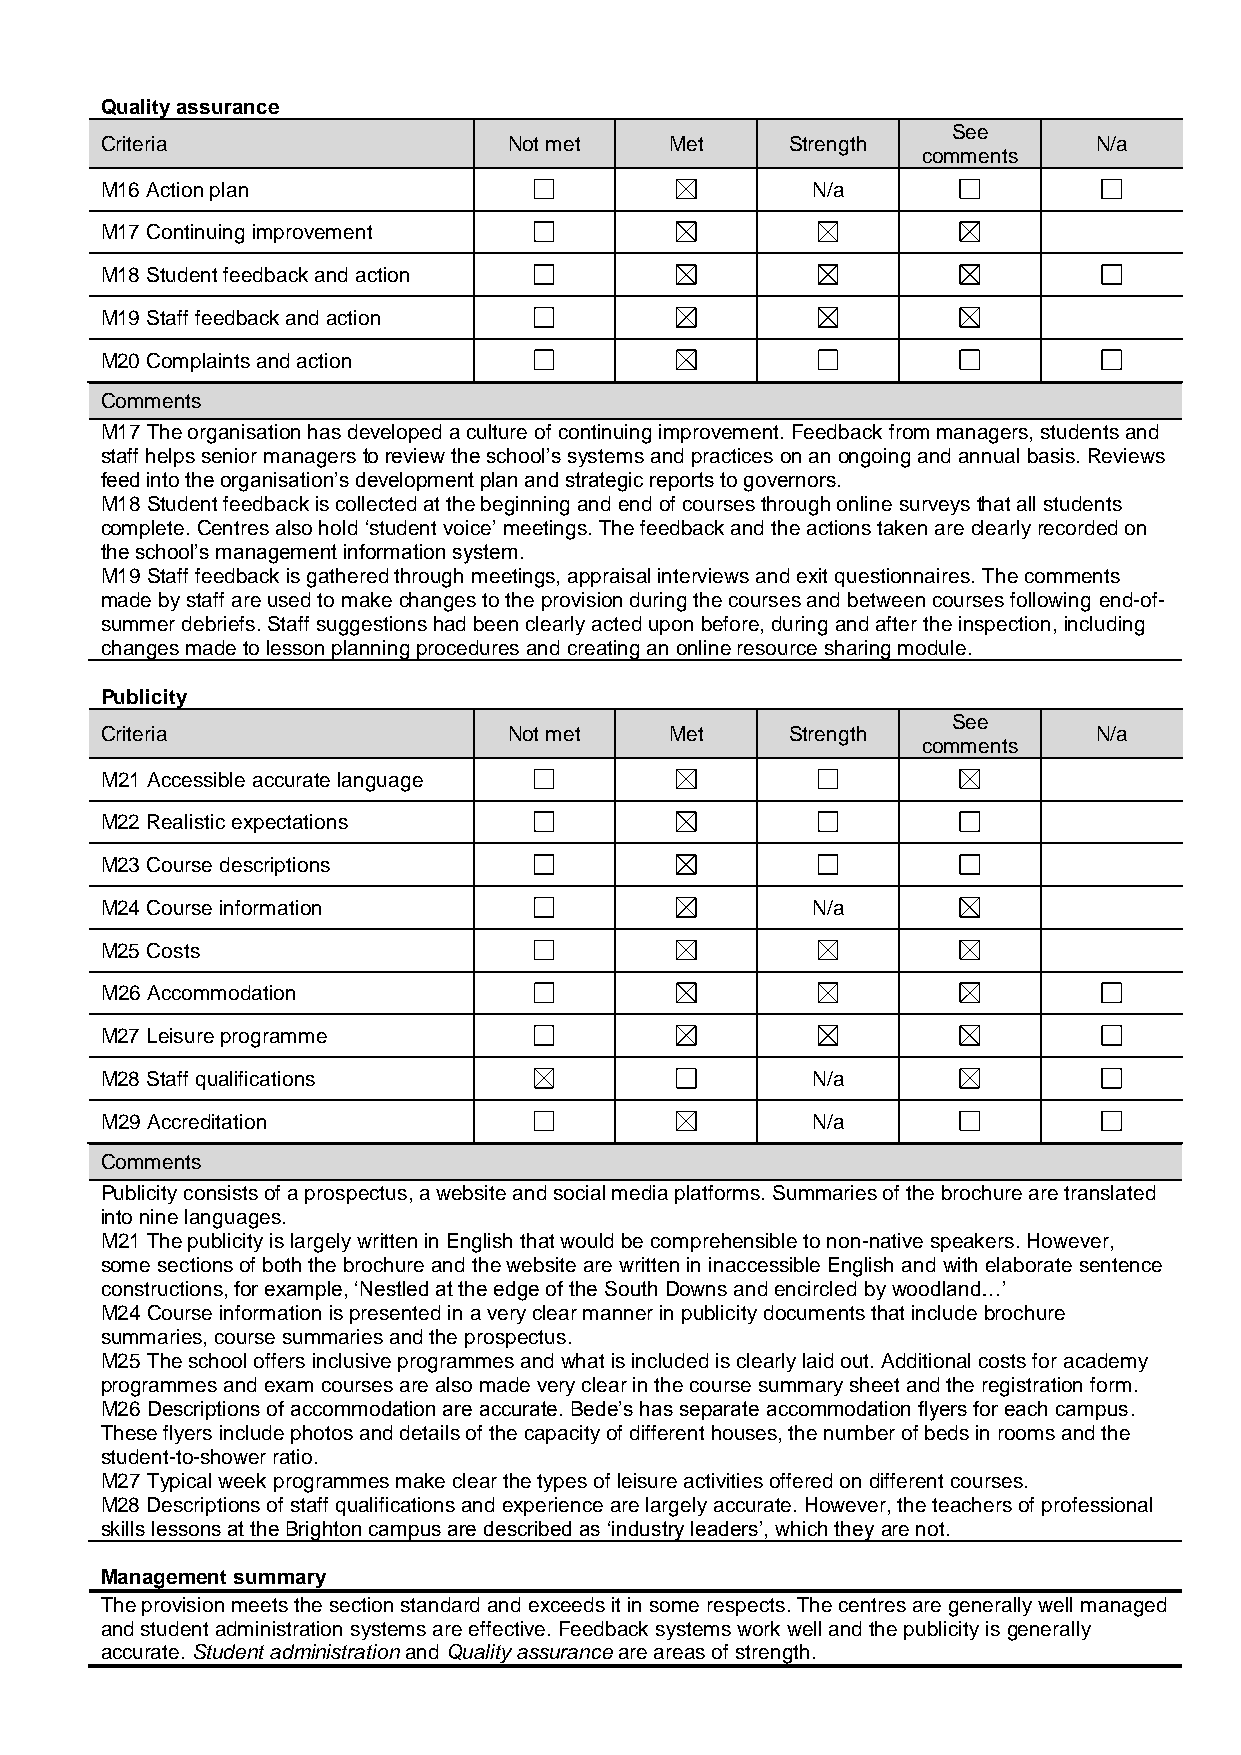
Quality assurance
 See
 Criteria                   Not met   Met     Strength            N/a
 comments
 M16 Action plan                                N/a
 M17 Continuing improvement
 M18 Student feedback and action
 M19 Staff feedback and action
 M20 Complaints and action
 Comments
 M17 The organisation has developed a culture of continuing improvement. Feedback from managers, students and
 staff helps senior managers to review the school’s systems and practices on an ongoing and annual basis. Reviews
 feed into the organisation’s development plan and strategic reports to governors.
 M18 Student feedback is collected at the beginning and end of courses through online surveys that all students
 complete. Centres also hold ‘student voice’ meetings. The feedback and the actions taken are clearly recorded on
 the school’s management information system.
 M19 Staff feedback is gathered through meetings, appraisal interviews and exit questionnaires. The comments
 made by staff are used to make changes to the provision during the courses and between courses following end-of-
 summer debriefs. Staff suggestions had been clearly acted upon before, during and after the inspection, including
 changes made to lesson planning procedures and creating an online resource sharing module.
 Publicity
 See
 Criteria                   Not met   Met     Strength            N/a
 comments
 M21 Accessible accurate language
 M22 Realistic expectations
 M23 Course descriptions
 M24 Course information                         N/a
 M25 Costs
 M26 Accommodation
 M27 Leisure programme
 M28 Staff qualifications                       N/a
 M29 Accreditation                              N/a
 Comments
 Publicity consists of a prospectus, a website and social media platforms. Summaries of the brochure are translated
 into nine languages.
 M21 The publicity is largely written in English that would be comprehensible to non-native speakers. However,
 some sections of both the brochure and the website are written in inaccessible English and with elaborate sentence
 constructions, for example, ‘Nestled at the edge of the South Downs and encircled by woodland…’
 M24 Course information is presented in a very clear manner in publicity documents that include brochure
 summaries, course summaries and the prospectus.
 M25 The school offers inclusive programmes and what is included is clearly laid out. Additional costs for academy
 programmes and exam courses are also made very clear in the course summary sheet and the registration form.
 M26 Descriptions of accommodation are accurate. Bede’s has separate accommodation flyers for each campus.
 These flyers include photos and details of the capacity of different houses, the number of beds in rooms and the
 student-to-shower ratio.
 M27 Typical week programmes make clear the types of leisure activities offered on different courses.
 M28 Descriptions of staff qualifications and experience are largely accurate. However, the teachers of professional
 skills lessons at the Brighton campus are described as ‘industry leaders’, which they are not.
 Management summary
 The provision meets the section standard and exceeds it in some respects. The centres are generally well managed
 and student administration systems are effective. Feedback systems work well and the publicity is generally
 accurate. Student administration and Quality assurance are areas of strength.